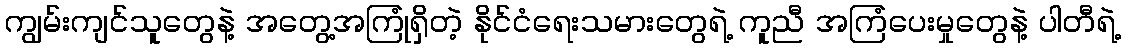
ကျွမ်းကျင်သူတွေနဲ့ အတွေ့အကြုံရှိတဲ့ နိုင်ငံရေးသမားတွေရဲ့ ကူညီ အကြံပေးမှုတွေနဲ့ ပါတီရဲ့